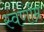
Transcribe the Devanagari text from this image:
स्वर्णाम्र